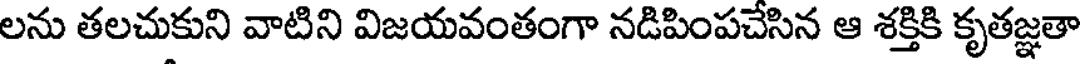
లను తలచుకుని వాటిని విజయవంతంగా నడిపింపచేసిన ఆ శక్తికి కృతజ్ఞతా